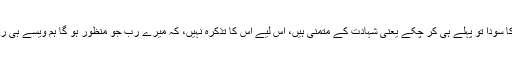
جان کا سودا تو پہلے ہی کر چکے یعنی شہادت کے متمنی ہیں، اس لیے اس کا تذکرہ نہیں، کہ میرے رب جو منظور ہو گا ہم ویسے ہی راضی۔